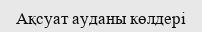
Ақсуат ауданы көлдері